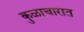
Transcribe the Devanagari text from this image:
कुळाचारात